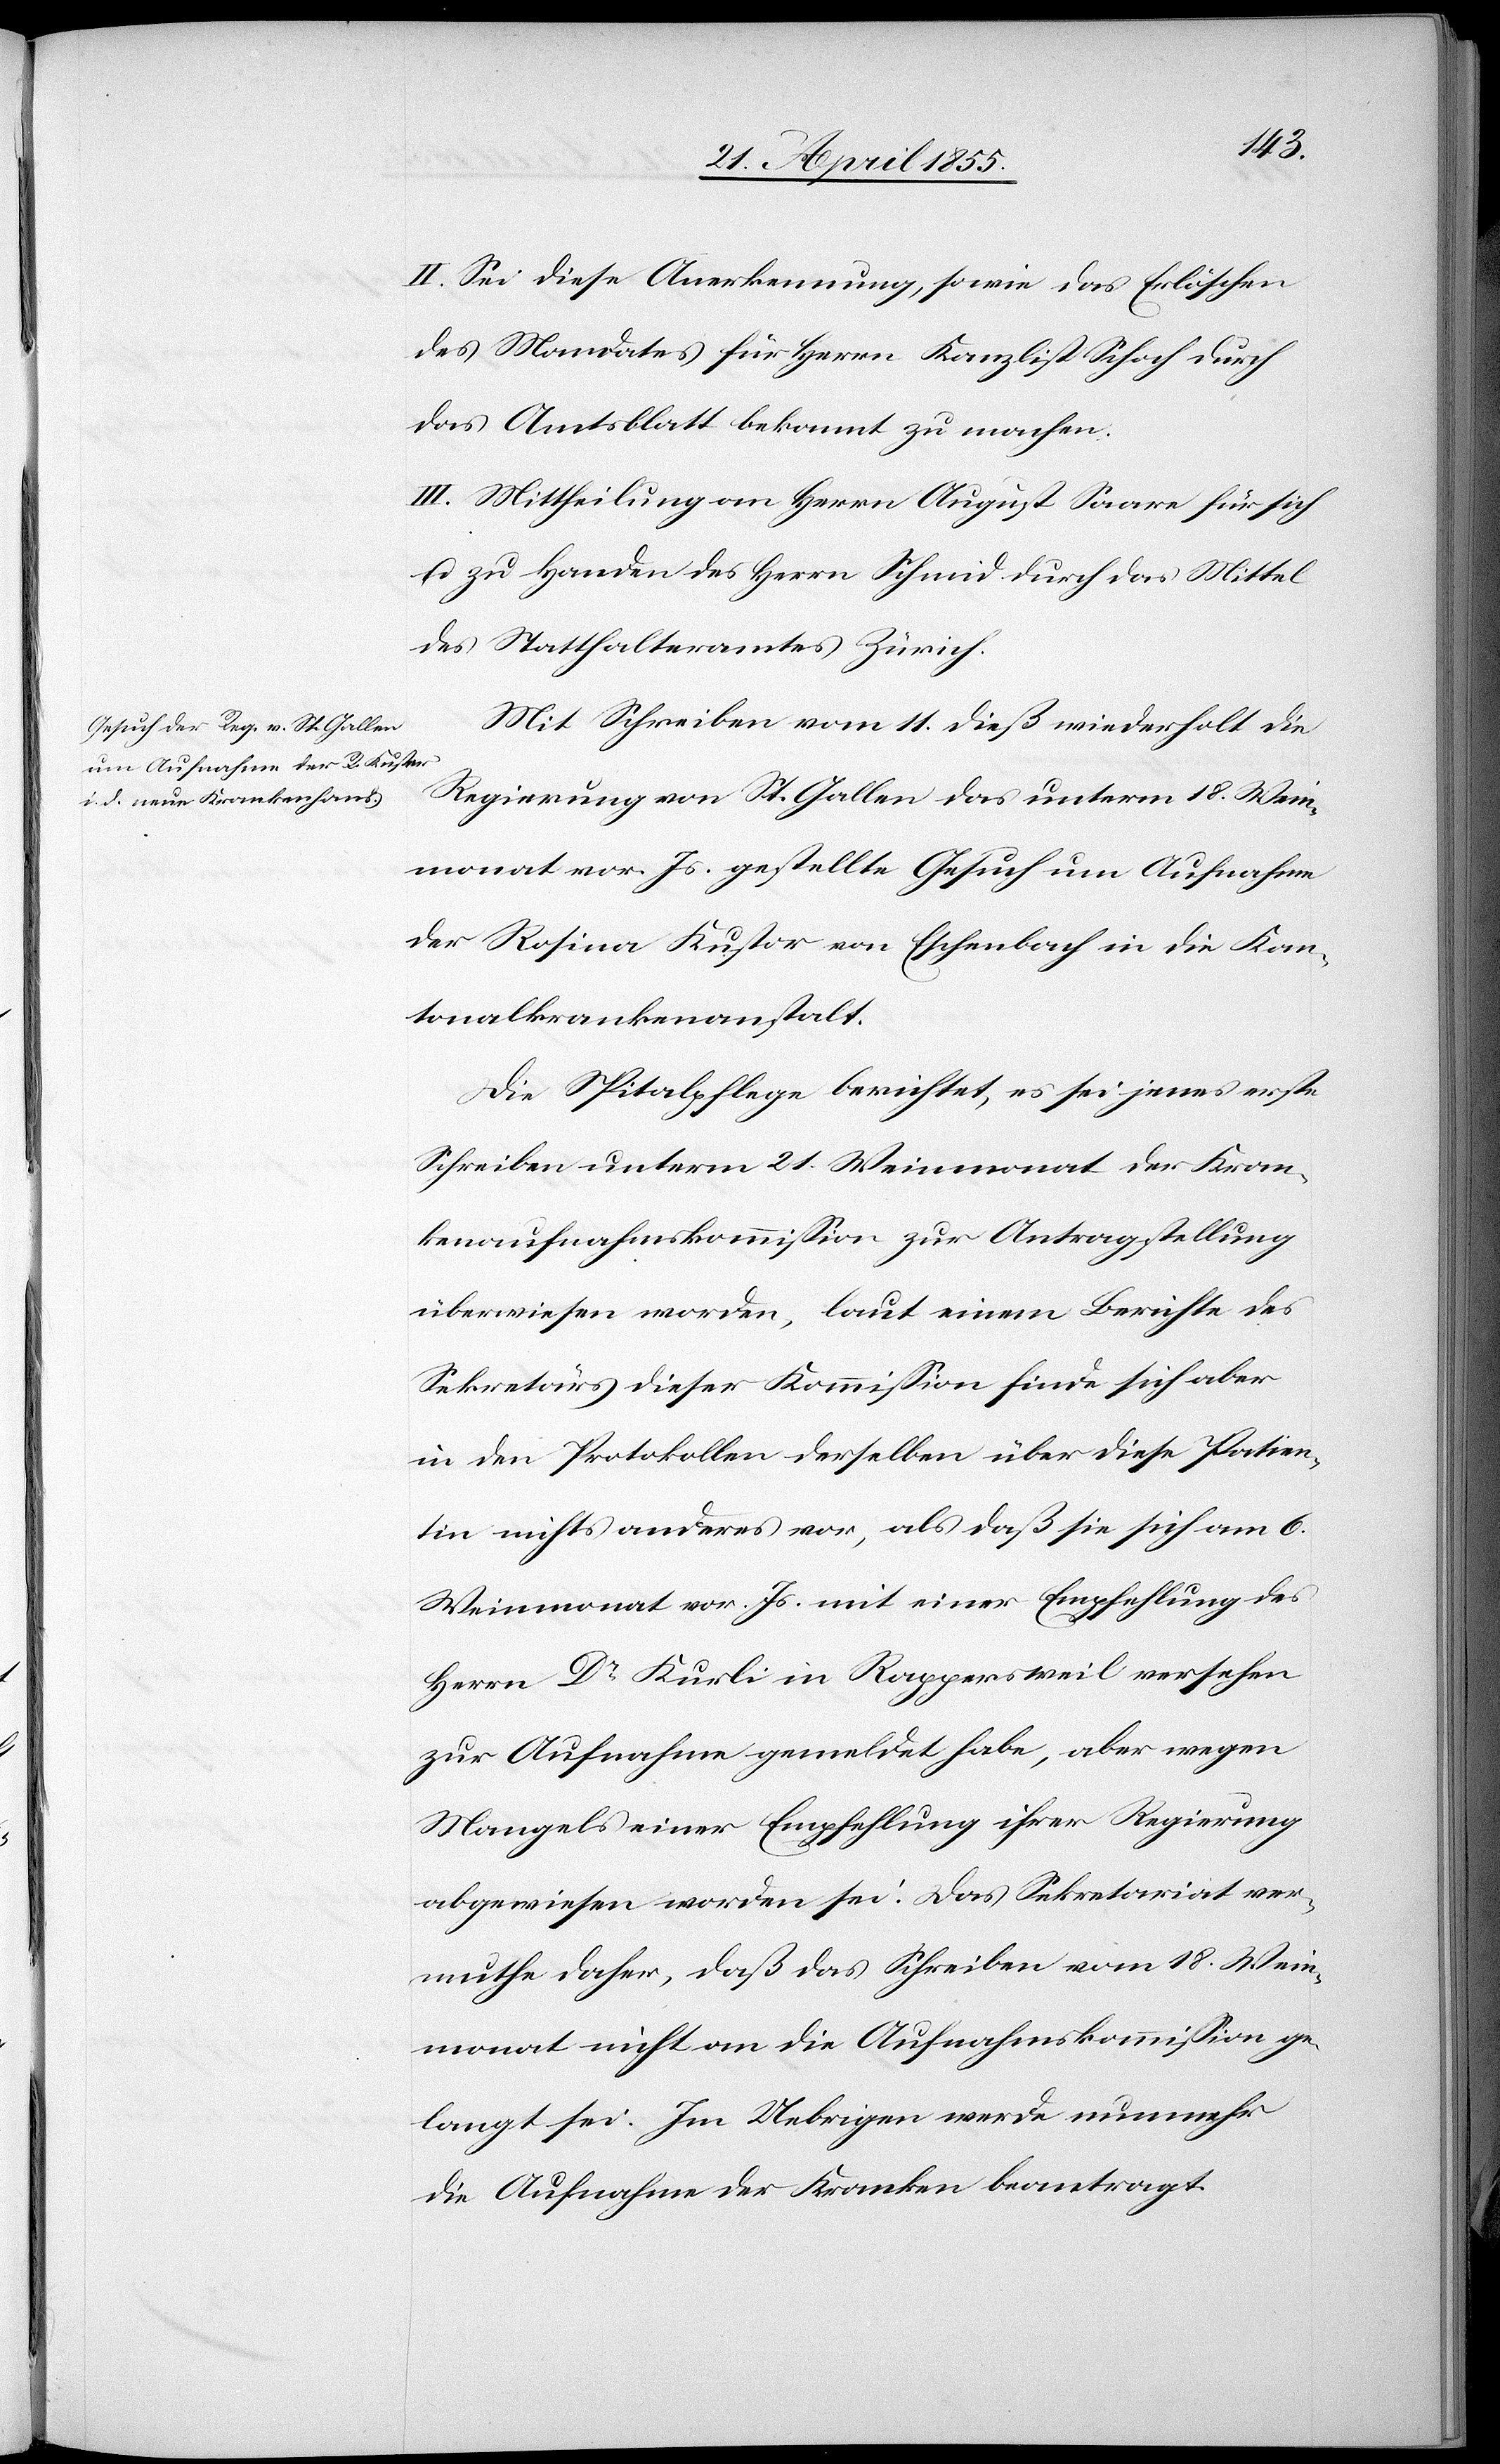
II. Sei diese Anerkennung, sowie das Erlöschen
des Mandates für Herrn Kanzlist Schoch durch
das Amtsblatt bekannt zu machen.
III. Mittheilung an Herrn August Saare für sich
u. zu Handen des Herrn Schmid durch das Mittel
des Statthalteramtes Zürich.
Mit Schreiben vom 11. dieß wiederholt die
Regierung von St. Gallen das unterm 18. Wein¬
monat vor. Js. gestellte Gesuch um Aufnahme
der Rosina Kustor von Eschenbach in die Kan¬
tonalkrankenanstalt.
Die Spitalpflege berichtet, es sei jenes erste
Schreiben unterm 21. Weinmonat der Kran¬
kenaufnahmskommission zur Antragstellung
überwiesen worden, laut einem Berichte des
Sekretärs dieser Kommission finde sich aber
in den Protokollen derselben über diese Patien¬
tin nichts anderes vor, als daß sie sich am 6.
Weinmonat vor. Js. mit einer Empfehlung des
Herrn Dr Kurli in Rappersweil versehen
zur Aufnahme gemeldet habe, aber wegen
Mangels einer Empfehlung ihrer Regierung
abgewiesen worden sei. Das Sekretariat ver¬
muthe daher, daß das Schreiben vom 18. Wein¬
monat nicht an die Aufnahmskommission ge¬
langt sei. Im Uebrigen werde nunmehr
die Aufnahme der Kranken beantragt.